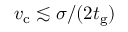
v _ { \mathrm { c } } \lesssim \sigma / ( 2 t _ { \mathrm { g } } )